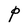
Character: P